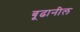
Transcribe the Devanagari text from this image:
बूढानील